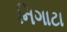
નિગાટા